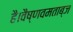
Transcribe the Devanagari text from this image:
है।वैष्णवमताब्ज